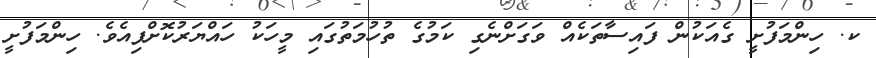
ކ. ހިންމަފުށީ ގެއަކުން ފައިސާތަކެއް ވަގަށްނެގި ކަމުގެ ތުހުމަތުގައި މީހަކު ހައްޔަރުކޮށްފިއެވެ. ހިންމަފުށީ